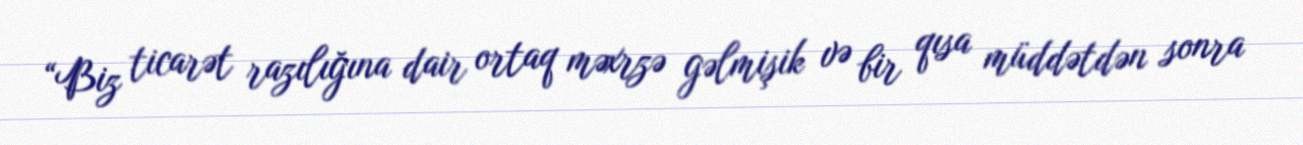
“Biz ticarət razılığına dair ortaq məxrzə gəlmişik və bir qısa müddətdən sonra